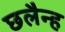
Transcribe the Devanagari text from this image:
छलैन्ह